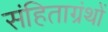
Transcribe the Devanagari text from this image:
संहिताग्रंथों